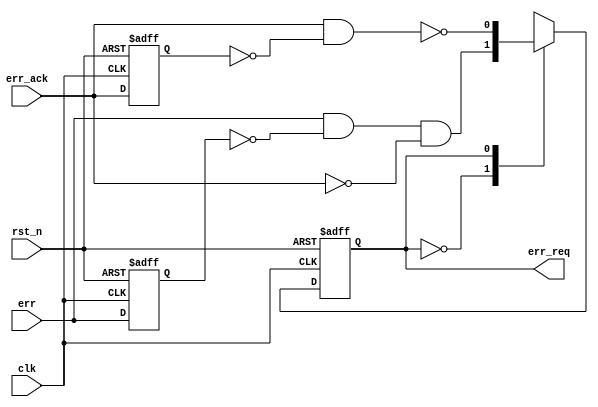
// This program was cloned from: https://github.com/intel/aib-phy-hardware
// License: Apache License 2.0

// SPDX-License-Identifier: Apache-2.0
// Copyright (C) 2019 Intel Corporation. All rights reserved
//
// Name    : ECC Hand-shake Synchronizer

module altr_hps_eccsync (
  input  wire rst_n,          // Reset (active low)
  input  wire clk,            // Clock 
  input  wire err,            // Error interrupt (from ECC RAM, serr/derr)
  input  wire err_ack,        // Error interrupt request (from System Manager)
  output reg  err_req         // Error interrupt acknowledge (to GIC)
);

// Declaration
localparam IDLE = 1'b0,
           REQ  = 1'b1;

reg err_d, ack_d;
wire err_p, ack_p;

// Positive edge detection
assign err_p = err & ~err_d;
assign ack_p = err_ack & ~ack_d;

always @(posedge clk, negedge rst_n) begin
  if (~rst_n) begin
    err_d <= 1'b0;
    ack_d <= 1'b0;
    end
  else begin
    err_d <= err;
    ack_d <= err_ack;
    end
  end

// Hand-shake states
always @(posedge clk, negedge rst_n) begin
  if (~rst_n)
    err_req <= 1'b0;
  else
    case (err_req)
      IDLE: err_req <= err_p & ~err_ack;
      REQ : err_req <= ~ack_p;
      default: err_req <= 1'bx;  // simulation purpose
    endcase
end

endmodule